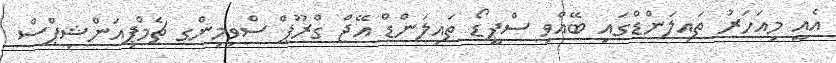
އެއީ މިއަހަރު ތައިލަންޑްގައި ބޭއްވި ސްޕީޑޯ ތައިލަންޑް އޭޖް ގްރޫޕް ސްވިމިންގ ޗެމްޕިއަންޝިޕްސް